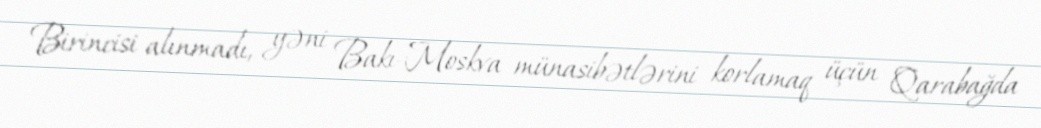
Birincisi alınmadı, yəni Bakı-Moskva münasibətlərini korlamaq üçün Qarabağda